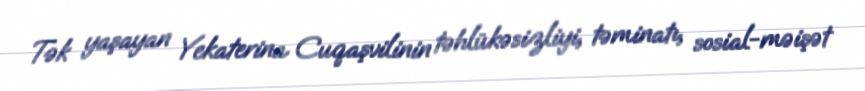
Tək yaşayan Yekaterina Cuqaşvilinin təhlükəsizliyi, təminatı, sosial-məişət